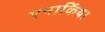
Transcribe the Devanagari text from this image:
एनार्किया